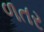
ળતર